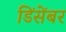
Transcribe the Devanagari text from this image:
डिंसेंबर